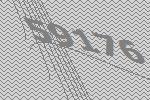
59176